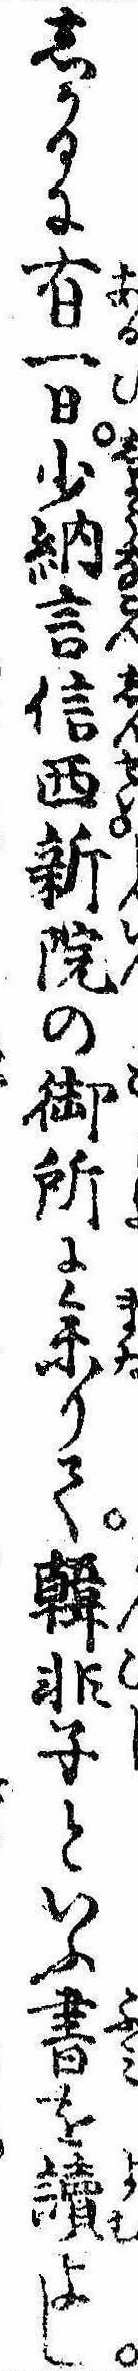
しかるに有一日少納言信西新院の御所に参りて韓非子といふ書を読よし